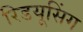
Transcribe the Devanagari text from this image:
रिडयूसिंग